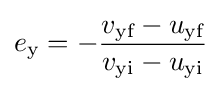
e_{\text{y}}=-{\frac {v_{\text{yf}}-u_{\text{yf}}}{v_{\text{yi}}-u_{\text{yi}}}}